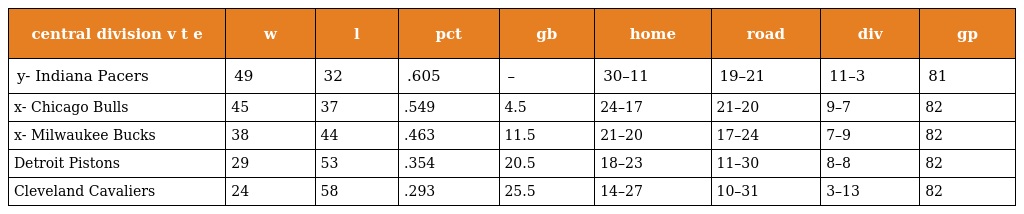
| central division v t e | w | l | pct | gb | home | road | div | gp |
 | --- | --- | --- | --- | --- | --- | --- | --- | --- |
 | y- Indiana Pacers | 49 | 32 | .605 | – | 30–11 | 19–21 | 11–3 | 81 |
 | x- Chicago Bulls | 45 | 37 | .549 | 4.5 | 24–17 | 21–20 | 9–7 | 82 |
 | x- Milwaukee Bucks | 38 | 44 | .463 | 11.5 | 21–20 | 17–24 | 7–9 | 82 |
 | Detroit Pistons | 29 | 53 | .354 | 20.5 | 18–23 | 11–30 | 8–8 | 82 |
 | Cleveland Cavaliers | 24 | 58 | .293 | 25.5 | 14–27 | 10–31 | 3–13 | 82 |